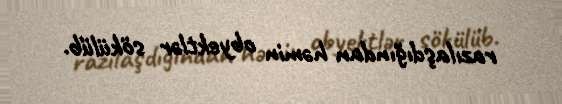
razılaşdığından həmin obyektlər sökülüb.